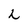
Character: L